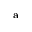
^ \mathrm { a }